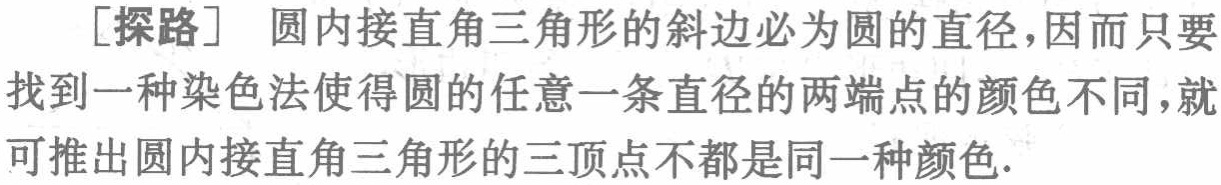
[探路] 圆内接直角三角形的斜边必为圆的直径，因而只要找到一种染色法使得圆的任意一条直径的两端点的颜色不同，就可推出圆内接直角三角形的三顶点不都是同一种颜色.